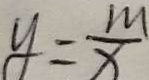
y = \frac { m } { x }